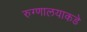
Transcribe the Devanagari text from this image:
रुग्णालयाकडे